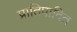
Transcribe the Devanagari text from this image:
प्रातिपादित